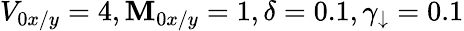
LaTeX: V_{0x/y}=4,\mathbf{M}_{0x/y}=1,\delta=0.1,\gamma_{\downarrow}=0.1